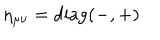
LaTeX: \eta _ { \mu \nu } = \mathrm { d i a g ( - , + ) }